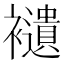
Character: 𧞸